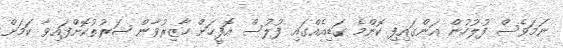
ނަމަވެސް ފުލުހުން އަންގައިފި ކޮންމެ ގަޑިއެއްގައި ފުލުސް އޮފީހަށް ހާޒިރުވާން ޝަރުތުކޮށްފައިވާ ކަމަށް